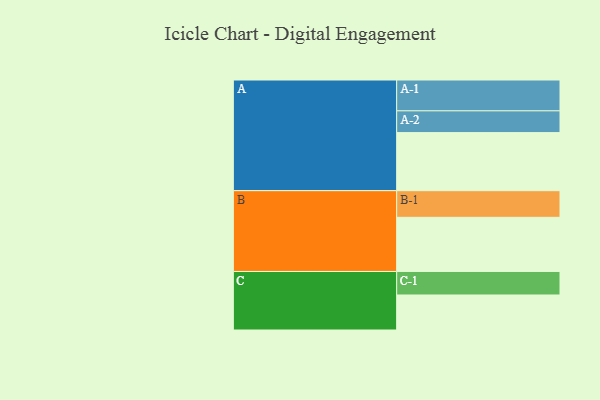
{"axis": {"x": "Segment", "y": "Value"}, "legend": ["", "A", "B", "C"], "data": [{"x": "A", "y": 501, "type": ""}, {"x": "B", "y": 467, "type": ""}, {"x": "C", "y": 302, "type": ""}, {"x": "A-1", "y": 266, "type": "A"}, {"x": "A-2", "y": 188, "type": "A"}, {"x": "B-1", "y": 230, "type": "B"}, {"x": "C-1", "y": 203, "type": "C"}]}